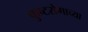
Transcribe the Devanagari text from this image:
कुष्टरोगाच्या